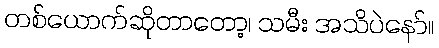
တစ်ယောက်ဆိုတာတော့၊ သမီး အသိပဲနော်။